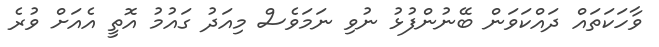
ވާހަކަތައް ދައްކަވަން ބޭނުންފުޅު ނުވި ނަމަވެސް މިއަދު ގައުމު އޮތީ އެއަށް ވުރެ